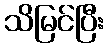
သိမြင်ပြီး